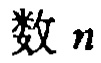
数 \(n\)